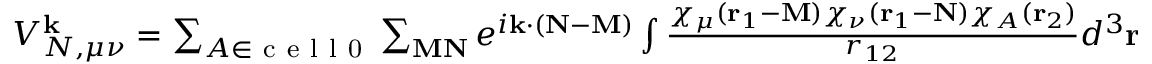
\begin{array} { r } { V _ { N , \mu \nu } ^ { \mathbf { k } } = \sum _ { A \in \mathrm { ~ c ~ e ~ l ~ l ~ 0 ~ } } \sum _ { \mathbf { M N } } e ^ { i \mathbf { k } \cdot ( \mathbf { N - M } ) } \int \frac { \chi _ { \mu } ( \mathbf { r } _ { 1 } - \mathbf { M } ) \chi _ { \nu } ( \mathbf { r } _ { 1 } - \mathbf { N } ) \chi _ { A } ( \mathbf { r } _ { 2 } ) } { r _ { 1 2 } } d ^ { 3 } \mathbf { r } _ { 1 } d ^ { 3 } \mathbf { r } _ { 2 } . } \end{array}